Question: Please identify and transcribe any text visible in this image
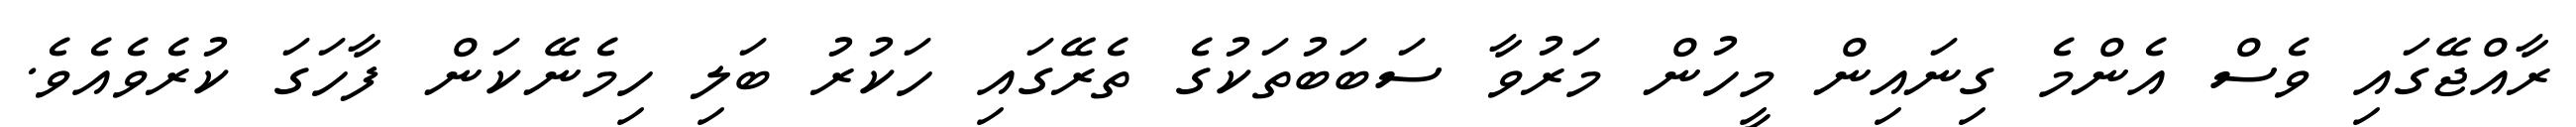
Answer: ރާއްޖޭގައި ވެސް އެންމެ ގިނައިން މީހުން މަރުވާ ސަބަބުތަކުގެ ތެރޭގައި ހަކުރު ބަލި ހިމެނޭކަން ފާހަގަ ކުރެވެއެވެ.